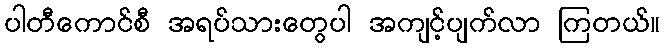
ပါတီကောင်စီ အရပ်သားတွေပါ အကျင့်ပျက်လာ ကြတယ်။